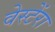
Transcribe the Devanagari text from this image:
वेस्टेंरा